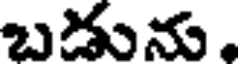
బడును,